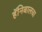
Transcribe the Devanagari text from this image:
हॅनिबालचा